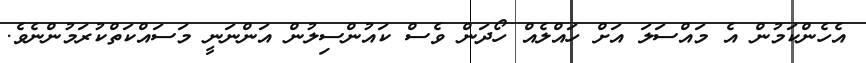
އެހެންކަމުން އެ މައްސަލަ އަށް ހައްލެއް ހޯދަން ވެސް ކައުންސިލުން އަންނަނީ މަސައްކަތްކުރަމުންނެވެ.